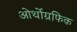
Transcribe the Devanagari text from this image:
ओर्थोग्रफिक